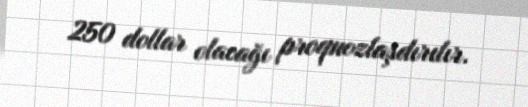
250 dollar olacağı proqnozlaşdırılır.